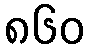
၈၆၀